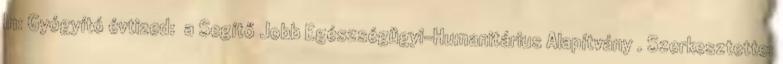
In: Gyógyító évtized: a Segítő Jobb Egészségügyi-Humanitárius Alapítvány . Szerkesztette: